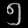
Digit: ၅